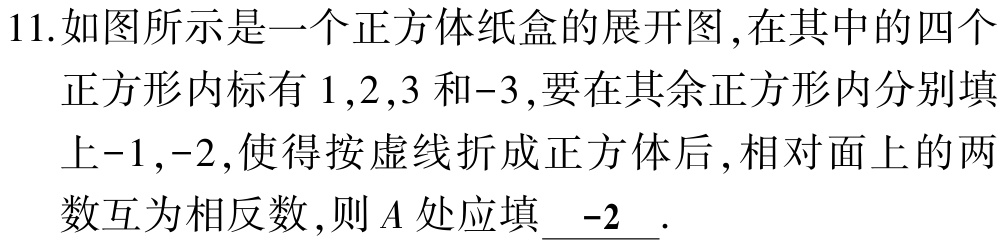
11.如图所示是一个正方体纸盒的展开图,在其中的四个正方形内标有\(1,2,3\)和\(-3\),要在其余正方形内分别填上\(-1,-2\),使得按虚线折成正方体后,相对面上的两数互为相反数,则\(A\)处应填\(\underline{-2}\).